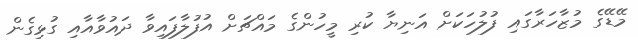
މޭޑޭގެ މުޒާހަރާގައި ފުލުހަކަށް އަނިޔާ ކުރި މީހުންގެ މައްޗަށް އުފުލާފައިވާ ދައުވާއާއި ގުޅިގެން